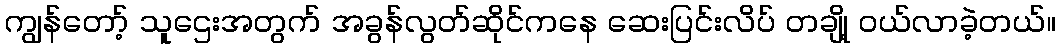
ကျွန်တော့် သူဌေးအတွက် အခွန်လွတ်ဆိုင်ကနေ ဆေးပြင်းလိပ် တချို့ ဝယ်လာခဲ့တယ်။